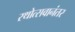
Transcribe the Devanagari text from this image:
रथोत्सवानंतर